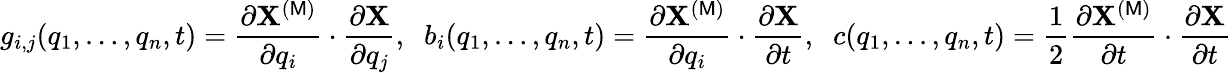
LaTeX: g_{i,j}(q_{1},\dots,q_{n},t)=\frac{\partial{\mathbf X}^{(\mathsf{M})}}{\partial q_{i}}\cdot\frac{\partial{\mathbf X}}{\partial q_{j}},\; \; b_{i}(q_{1},\dots,q_{n},t)=\frac{\partial{\mathbf X}^{(\mathsf{M})}}{\partial q_{i}}\cdot\frac{\partial{\mathbf X}}{\partial t},\; \; c(q_{1},\dots,q_{n},t)=\frac{1}{2}\frac{\partial{\mathbf X}^{(\mathsf{M})}}{\partial t}\cdot\frac{\partial{\mathbf X}}{\partial t}